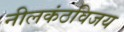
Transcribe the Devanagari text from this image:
नीलकंठविजय